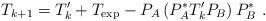
LaTeX: \begin{align*}T_{k+1} = T_k^\prime + T_{\exp} - P_A\left( P_A^* T_k^\prime P_B \right) P_B^* \ .\end{align*}